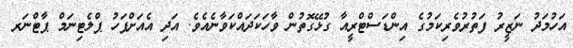
އަހުމަދު ނަޒީރު ފަތުރުވެރިކަމުގެ އިންޑަސްޓްރީއާ ގުޅޭގޮތުން ވާހަކަދައްކަވާނެއެވެ. އަދި އެއަށްފަހު ޕްލެޓިނަމް ޕާޓްނަރ